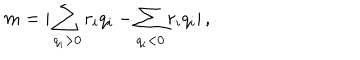
m = | \sum _ { q _ { i } > 0 } r _ { i } q _ { i } - \sum _ { q _ { i } < 0 } r _ { i } q _ { i } | \, ,